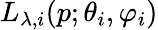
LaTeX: L_{\lambda,i}(p;\theta_{i},\varphi_{i})